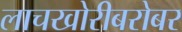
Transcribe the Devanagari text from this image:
लाचखोरीबरोबर